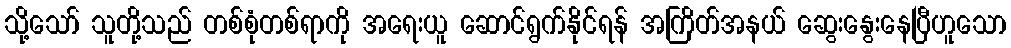
သို့သော် သူတို့သည် တစ်စုံတစ်ရာကို အရေးယူ ဆောင်ရွက်နိုင်ရန် အကြိတ်အနယ် ဆွေးနွေးနေပြီဟူသော